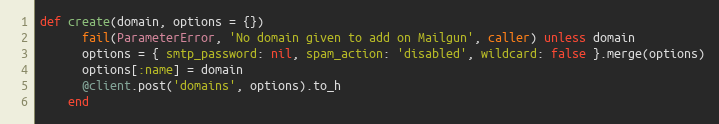
Language: Ruby
def create(domain, options = {})
      fail(ParameterError, 'No domain given to add on Mailgun', caller) unless domain
      options = { smtp_password: nil, spam_action: 'disabled', wildcard: false }.merge(options)
      options[:name] = domain
      @client.post('domains', options).to_h
    end